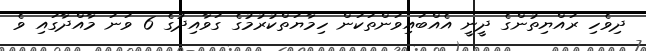
ދިވެހި ރައްޔިތުންގެ ދީނީ އެއްބައިވަންތަކަން ހިމާޔަތްކުރުމުގެ ގަވާއިދުގެ 6 ވަނަ މާއްދާގައި ވެ